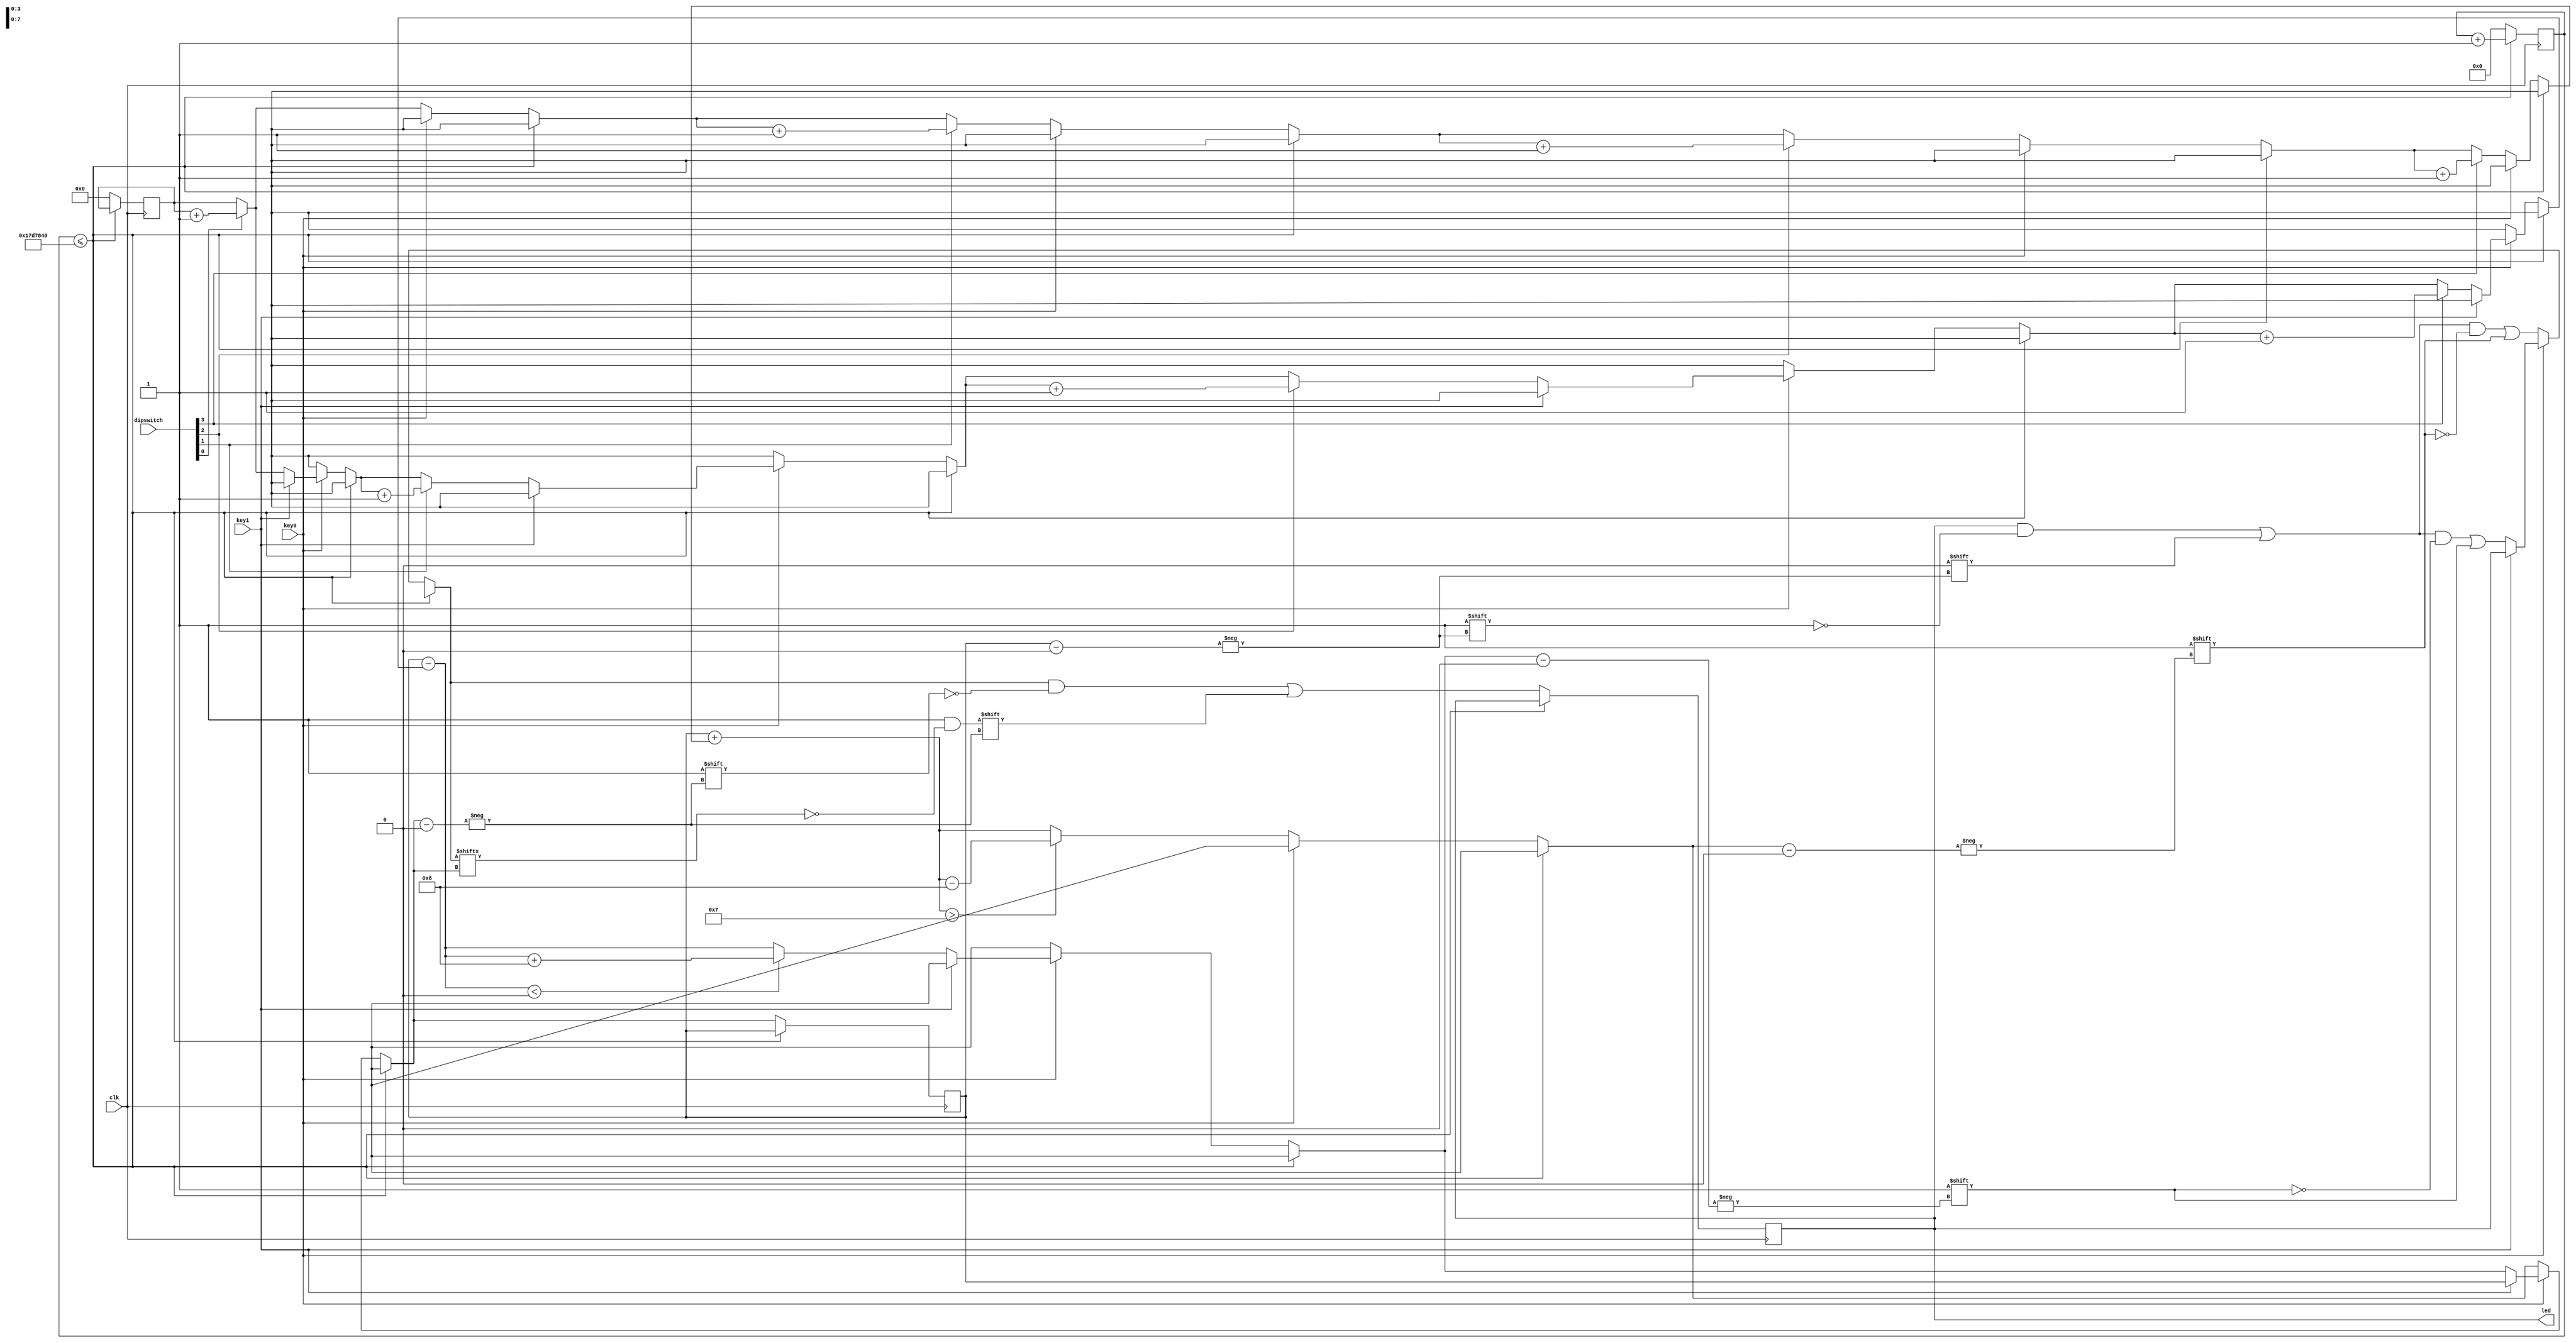
module helloworld_1 (clk, led, dipswitch, key0, key1);
		input clk;
		input key0;
		input key1;
		input [3:0] dipswitch;
		output reg [7:0] led; 
reg [31:0] counter = 0;
integer i = 0;
reg [3:0] toggle = 0;
always @ (posedge clk)
begin
	if (counter <= 25000000)
	begin
		counter <= counter + 1;
	end
	else
	begin
		counter <= 0;	
		if (~key0)
		begin
			led[i] = 0;
			if (dipswitch[0] == 1)
			begin
				toggle = toggle + 1'b1;
			end
			if (dipswitch[1] == 1)
			begin
				toggle = toggle + 1'b1;
			end
			if (dipswitch[2] == 1)
			begin
				toggle = toggle + 1'b1;
			end
			if (dipswitch[3] == 1)
			begin
				toggle = toggle + 1'b1;
			end
			i = i + toggle;
			if (i > 7)
			begin
				i = i - 8;
			end
			led[i] = 1;
		end
		else if (~key1)
		begin
			led[i] = 0;
			if (dipswitch[0] == 1)
			begin
				toggle = toggle + 1'b1;
			end
			if (dipswitch[1] == 1)
			begin
				toggle = toggle + 1'b1;
			end
			if (dipswitch[2] == 1)
			begin
				toggle = toggle + 1'b1;
			end
			if (dipswitch[3] == 1)
			begin
				toggle = toggle + 1'b1;
			end
			i = i - toggle;
			if (i < 0)
			begin
				i = i + 8;
			end
			led[i] = 1;
		end
		else 
		begin
		end
		led[i] = ~led[i];	
		toggle = 0;
	end
end
endmodule